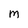
Character: m